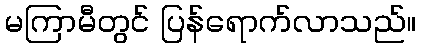
မကြာမီတွင် ပြန်ရောက်လာသည်။